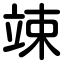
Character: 竦